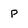
Character: p